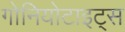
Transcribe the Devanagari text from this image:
गोनियोटाइट्स